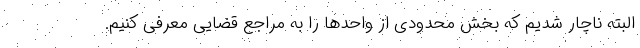
البته ناچار شدیم که بخش محدودی از واحدها را به مراجع قضایی معرفی کنیم.